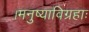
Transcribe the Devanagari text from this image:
।मनुष्याविग्रहाः